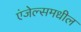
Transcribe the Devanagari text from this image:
एंजेल्समधील